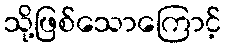
သို့ဖြစ်သောကြောင့်